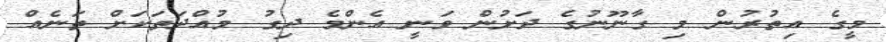
މީގެ އިތުރުން މި ގާނޫނުގެ ދަށުން ވަނީ އެންމެ ދިގު މުއްދަތަކަށް ތަނެއް